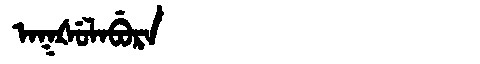
Manchu: ᠠᡴᡧᡠᠯᠠᠪᡠᡵᠠ
Romanization: AKŠULABURA